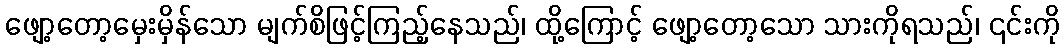
ဖျော့တော့မှေးမှိန်သော မျက်စိဖြင့်ကြည့်နေသည်၊ ထို့ကြောင့် ဖျော့တော့သော သားကိုရသည်၊ ၎င်းကို